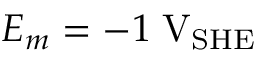
E _ { m } = - 1 \; \mathrm { V } _ { \mathrm { S H E } }